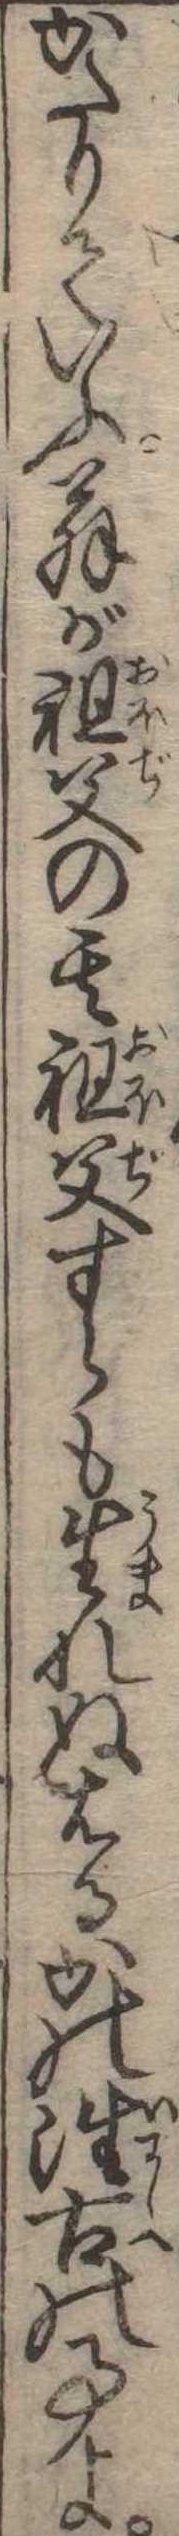
かたりていふ翁が祖父の其祖父すらも生れぬはるかの往古の事よ